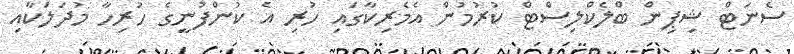
ސެނަޓް ޝިޕިން ބްލެކްލިސްޓް ކުރުމުން އެމެރިކާގައި ހުރި އެ ކުންފުނީގެ ހުރިހާ މުދަލަކާއި